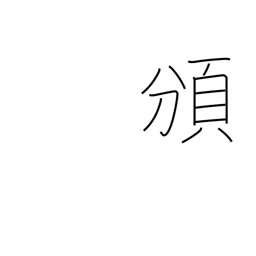
Meaning: distribute